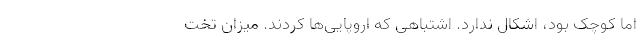
اما کوچک بود، اشکال ندارد. اشتباهی که اروپایی‌ها کردند. میزان تخت